Report on the working of the Ranchi Indian Mental Hospital, Kanke, in Bihar and Orissa - 1930-1940
Year: 1930
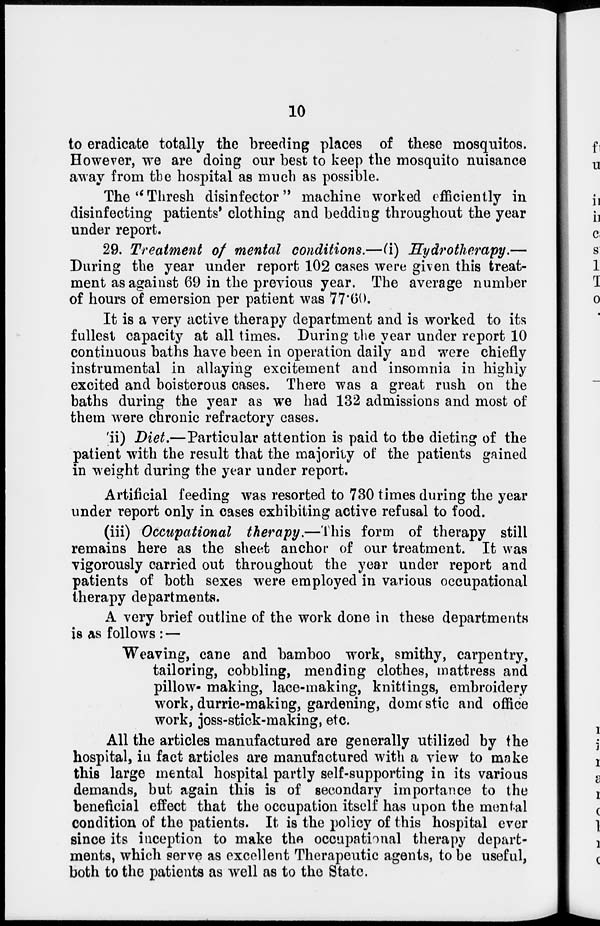
10
to eradicate totally the breeding places of these mosquitos.
However, we are doing our best to keep the mosquito nuisance
away from the hospital as much as possible.
The '' Thresh disinfector " machine worked efficiently in
disinfecting patients' clothing and bedding throughout the year
under report.
29. Treatment of mental conditions.—(i) Hydrotherapy.—
During the year under report 102 cases were given this treat-
ment as against 69 in the previous year. The average number
of hours of emersion per patient was 77.60.
It is a very active therapy department and is worked to its
fullest capacity at all times. During the year under report 10
continuous baths have been in operation daily and were chiefly
instrumental in allaying excitement and insomnia in highly
excited and boisterous cases. There was a great rush on the
baths during the year as we had 132 admissions and most of
them were chronic refractory cases.
(ii) Diet.—Particular attention is paid to the dieting of the
patient with the result that the majority of the patients gained
in weight during the year under report.
Artificial feeding was resorted to 730 times during the year
under report only in cases exhibiting active refusal to food.
(iii) Occupational therapy.— This form of therapy still
remains here as the sheet anchor of our treatment. It was
vigorously carried out throughout the year under report and
patients of both sexes were employed in various occupational
therapy departments.
A very brief outline of the work done in these departments
is as follows : —
Weaving, cane and bamboo work, smithy, carpentry,
tailoring, cobbling, mending clothes, mattress and
pillow- making, lace-making, knittings, embroidery
work, durrie-making, gardening, domestic and office
work, joss-stick-making, etc.
All the articles manufactured are generally utilized by the
hospital, in fact articles are manufactured with a view to make
this large mental hospital partly self-supporting in its various
demands, but again this is of secondary importance to the
beneficial effect that the occupation itself has upon the mental
condition of the patients. It is the policy of this hospital ever
since its inception to make the occupational therapy depart-
ments, which serve as excellent Therapeutic agents, to be useful,
both to the patients as well as to the State.